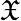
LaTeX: \mathfrak{X}